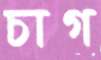
চাগ